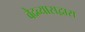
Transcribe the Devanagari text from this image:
वेदव्यासद्वारा